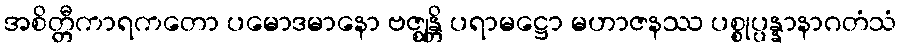
အစိတ္တီကာရကတော ပမောဒမာနော ဗဇ္ဈန္တိ ပရာမဋ္ဌော မဟာဇနဿ ပစ္စုပ္ပန္နာနာဂတံသံ